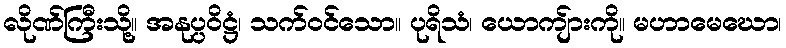
လိုဏ်ကြီးသို့။ အနုပ္ပဝိဋ္ဌံ၊ သက်ဝင်သော။ ပုရိသံ၊ ယောကျ်ားကို။ မဟာမေဃော၊